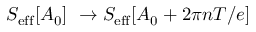
S _ { \mathrm { e f f } } [ A _ { 0 } ] ~ \rightarrow S _ { \mathrm { e f f } } [ A _ { 0 } + 2 \pi n T / e ]